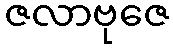
ဇလာဗုဇေ